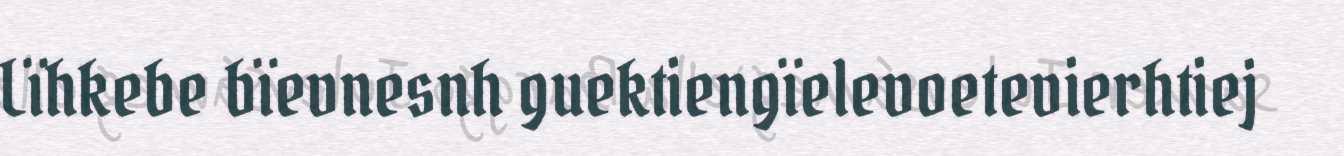
Lïhkebe bïevnesnh guektiengïelevoetevierhtiej